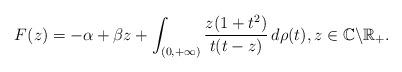
LaTeX: \begin{align*}F(z)=-\alpha+\beta z+\int_{(0,+\infty)}\frac{z(1+t^{2})}{t(t-z)}\,d\rho(t),z\in\mathbb{C}\backslash\mathbb{R}_{+}.\end{align*}